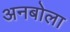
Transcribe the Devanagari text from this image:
अनबोला